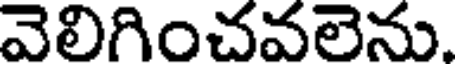
వెలిగించవలెను.